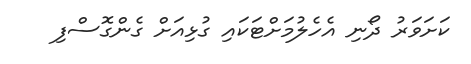
ކަށަވަރު ދޯނި އެހެލުމަށްޓަކައި ގުޅިއަށް ގެންގޮސްފި